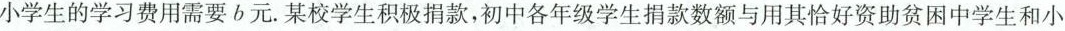
小学生的学习费用需要b元。某校学生积极捐款，初中各年级学生捐款数额与用其恰好资助贫困中学生和小